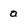
Character: a